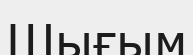
Шығым